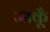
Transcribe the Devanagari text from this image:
जाकूँ